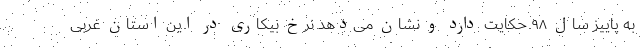
به پاییز سال ۹۸ حکایت دارد و نشان می‌دهد نرخ بیکاری در این استان غربی